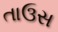
તાઉસ